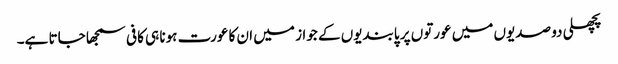
پچھلی دو صدیوں میں عورتوں پر پابندیوں کے جواز میں ان کا عورت ہونا ہی کافی سمجھا جاتا ہے۔